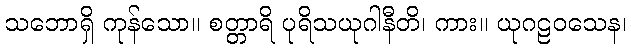
သဘောရှိ ကုန်သော။ စတ္တာရိ ပုရိသယုဂါနီတိ၊ ကား။ ယုဂဠဝသေန၊